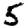
Digit: 5